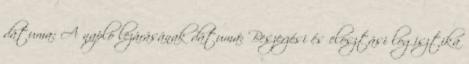
dátuma: A napló lezárásának dátuma: Beszerzési és elosztási logisztika